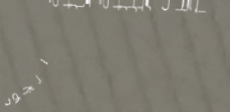
أدوات منزلية عالية الجودة